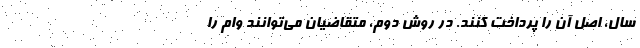
سال، اصل آن را پرداخت کنند. در روش دوم، متقاضیان می‌توانند وام را